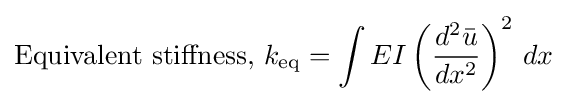
{\text{Equivalent stiffness, }}k_{\text{eq}}=\int EI\left({\frac {d^{2}{\bar {u}}}{dx^{2}}}\right)^{2}\,dx